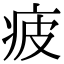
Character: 疲